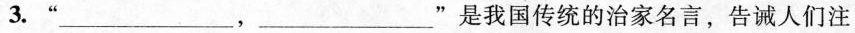
3.”___，___”是我国传统的治家名言，告诫人们注